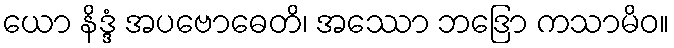
ယော နိဒ္ဒံ အပဗောဓေတိ၊ အဿော ဘဒြော ကသာမိဝ။